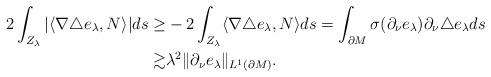
LaTeX: \begin{align*}2\int_{Z_\lambda} |\langle\nabla\triangle e_\lambda,N\rangle|ds\geq&-2\int_{Z_\lambda} \langle\nabla\triangle e_\lambda, N\rangle ds=\int_{\partial M}\sigma(\partial_\nu e_\lambda)\partial_\nu\triangle e_\lambda ds\\\gtrsim&\lambda^2 \|\partial_\nu e_\lambda\|_{L^1(\partial M)}.\end{align*}